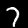
Label: 7